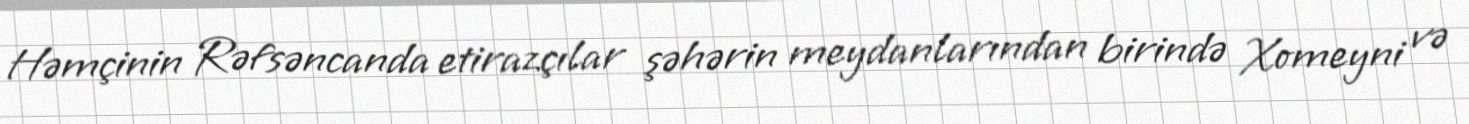
Həmçinin Rəfsəncanda etirazçılar şəhərin meydanlarından birində Xomeyni və